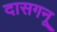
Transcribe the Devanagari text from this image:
दासगनू